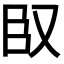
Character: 𮍍